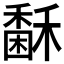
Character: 𥢖